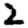
Digit: 2